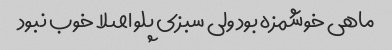
ماهی خوشمزه بود ولی سبزی پلو اصلا خوب نبود